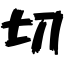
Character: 切